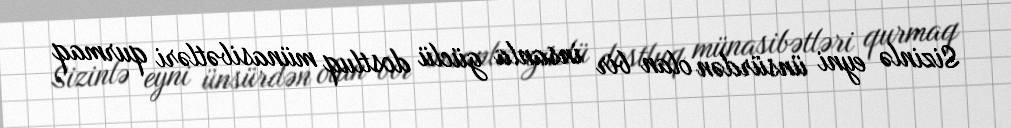
Sizinlə eyni ünsürdən olan bir insanla güclü dostluq münasibətləri qurmaq